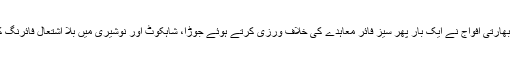
اتوار کو ڈی جی آئی ایس پی آر میجر جنرل آصف غفور کے مطابق بھارتی افواج نے ایک بار پھر سیز فائر معاہدے کی خلاف ورزی کرتے ہوئے جوڑا، شاہکوٹ اور نوشیری میں بلا اشتعال فائرنگ کر دی ، بھارتی فوج کی جانب سے شہری آبادی کو نشانہ بنایا گیا ۔